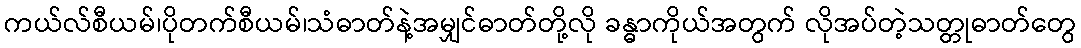
ကယ်လ်စီယမ်၊ပိုတက်စီယမ်၊သံဓာတ်နဲ့အမျှင်ဓာတ်တို့လို ခန္ဓာကိုယ်အတွက် လိုအပ်တဲ့သတ္တုဓာတ်တွေ